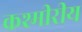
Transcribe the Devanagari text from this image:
कश्मीरीय